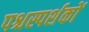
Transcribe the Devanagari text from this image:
पश्चस्पर्शकों